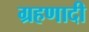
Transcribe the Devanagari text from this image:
ग्रहणादी